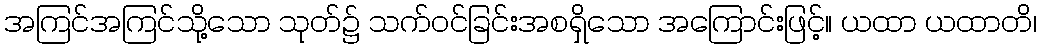
အကြင်အကြင်သို့သော သုတ်၌ သက်ဝင်ခြင်းအစရှိသော အကြောင်းဖြင့်။ ယထာ ယထာတိ၊